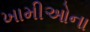
ખામીઓના